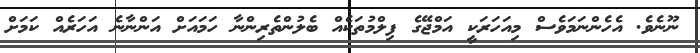
ނޫނެވެ. އެހެންނަމަވެސް މިއަހަރަކީ އަމްޖޭގެ ފިލްމުތަކެއް ބެލުންތެރިންނާ ހަމައަށް އަންނާނެ އަހަރެއް ކަމަށް